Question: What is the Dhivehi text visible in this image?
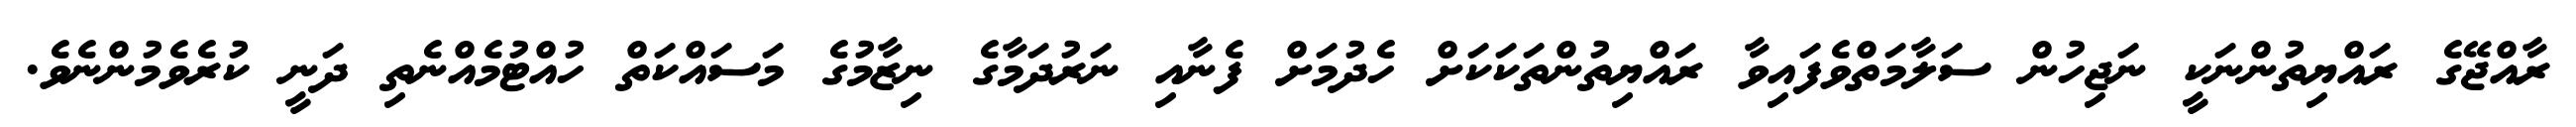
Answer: ރާއްޖޭގެ ރައްޔިތުންނަކީ ނަޖިހުން ސަލާމަތްވެފައިވާ ރައްޔިތުންތަކަކަށް ހެދުމަށް ފެނާއި ނަރުދަމާގެ ނިޒާމުގެ މަސައްކަތް ހުއްޓުމެއްނެތި ދަނީ ކުރެވެމުންނެވެ.